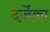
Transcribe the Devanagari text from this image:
दर्जेका